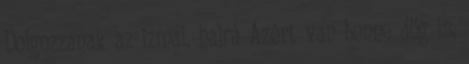
Dolgozzanak az izmai, hajrá Azért van benne dög is,